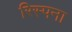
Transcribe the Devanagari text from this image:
रिस्पना